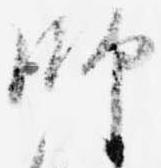
師